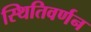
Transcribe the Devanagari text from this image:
स्थितिवर्णन